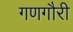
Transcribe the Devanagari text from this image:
गणगौरी